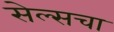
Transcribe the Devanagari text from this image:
सेल्सचा